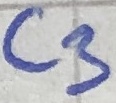
Text: C3